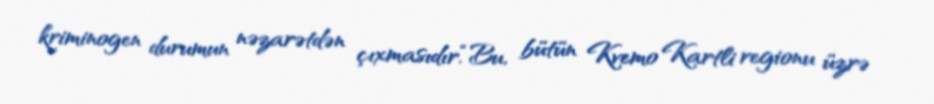
kriminogen durumun nəzarətdən çıxmasıdır.“Bu, bütün Kvemo Kartli regionu üzrə